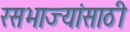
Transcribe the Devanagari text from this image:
रसभाज्यांसाठी